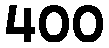
400